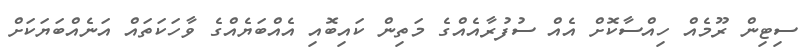
ސިޓިން ރޫމެއް ހިއްސާކޮށް އެއް ސުފުރާއެއްގެ މަތިން ކައިބޮއި އެއްބަޔެއްގެ ވާހަކަތައް އަނެއްބަޔަކަށް